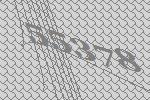
55378